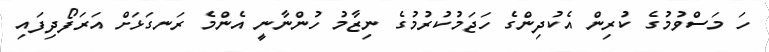
ހަ މަސްވުމުގެ ކުރިން އެކުދިންގެ ހަޖަމުކުރުމުގެ ނިޒާމު ހުންނާނީ އެންމެ ރަނގަޅަށް އަރަފޯދިފައި